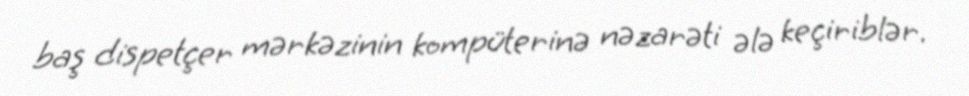
baş dispetçer mərkəzinin kompüterinə nəzarəti ələ keçiriblər.